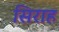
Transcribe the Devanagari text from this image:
सिराह